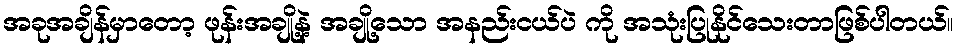
အခုအချိန်မှာတော့ ဖုန်းအချို့နဲ့ အချို့သော အနည်းငယ်ပဲ ကို အသုံးပြုနိုင်သေးတာဖြစ်ပါတယ်။